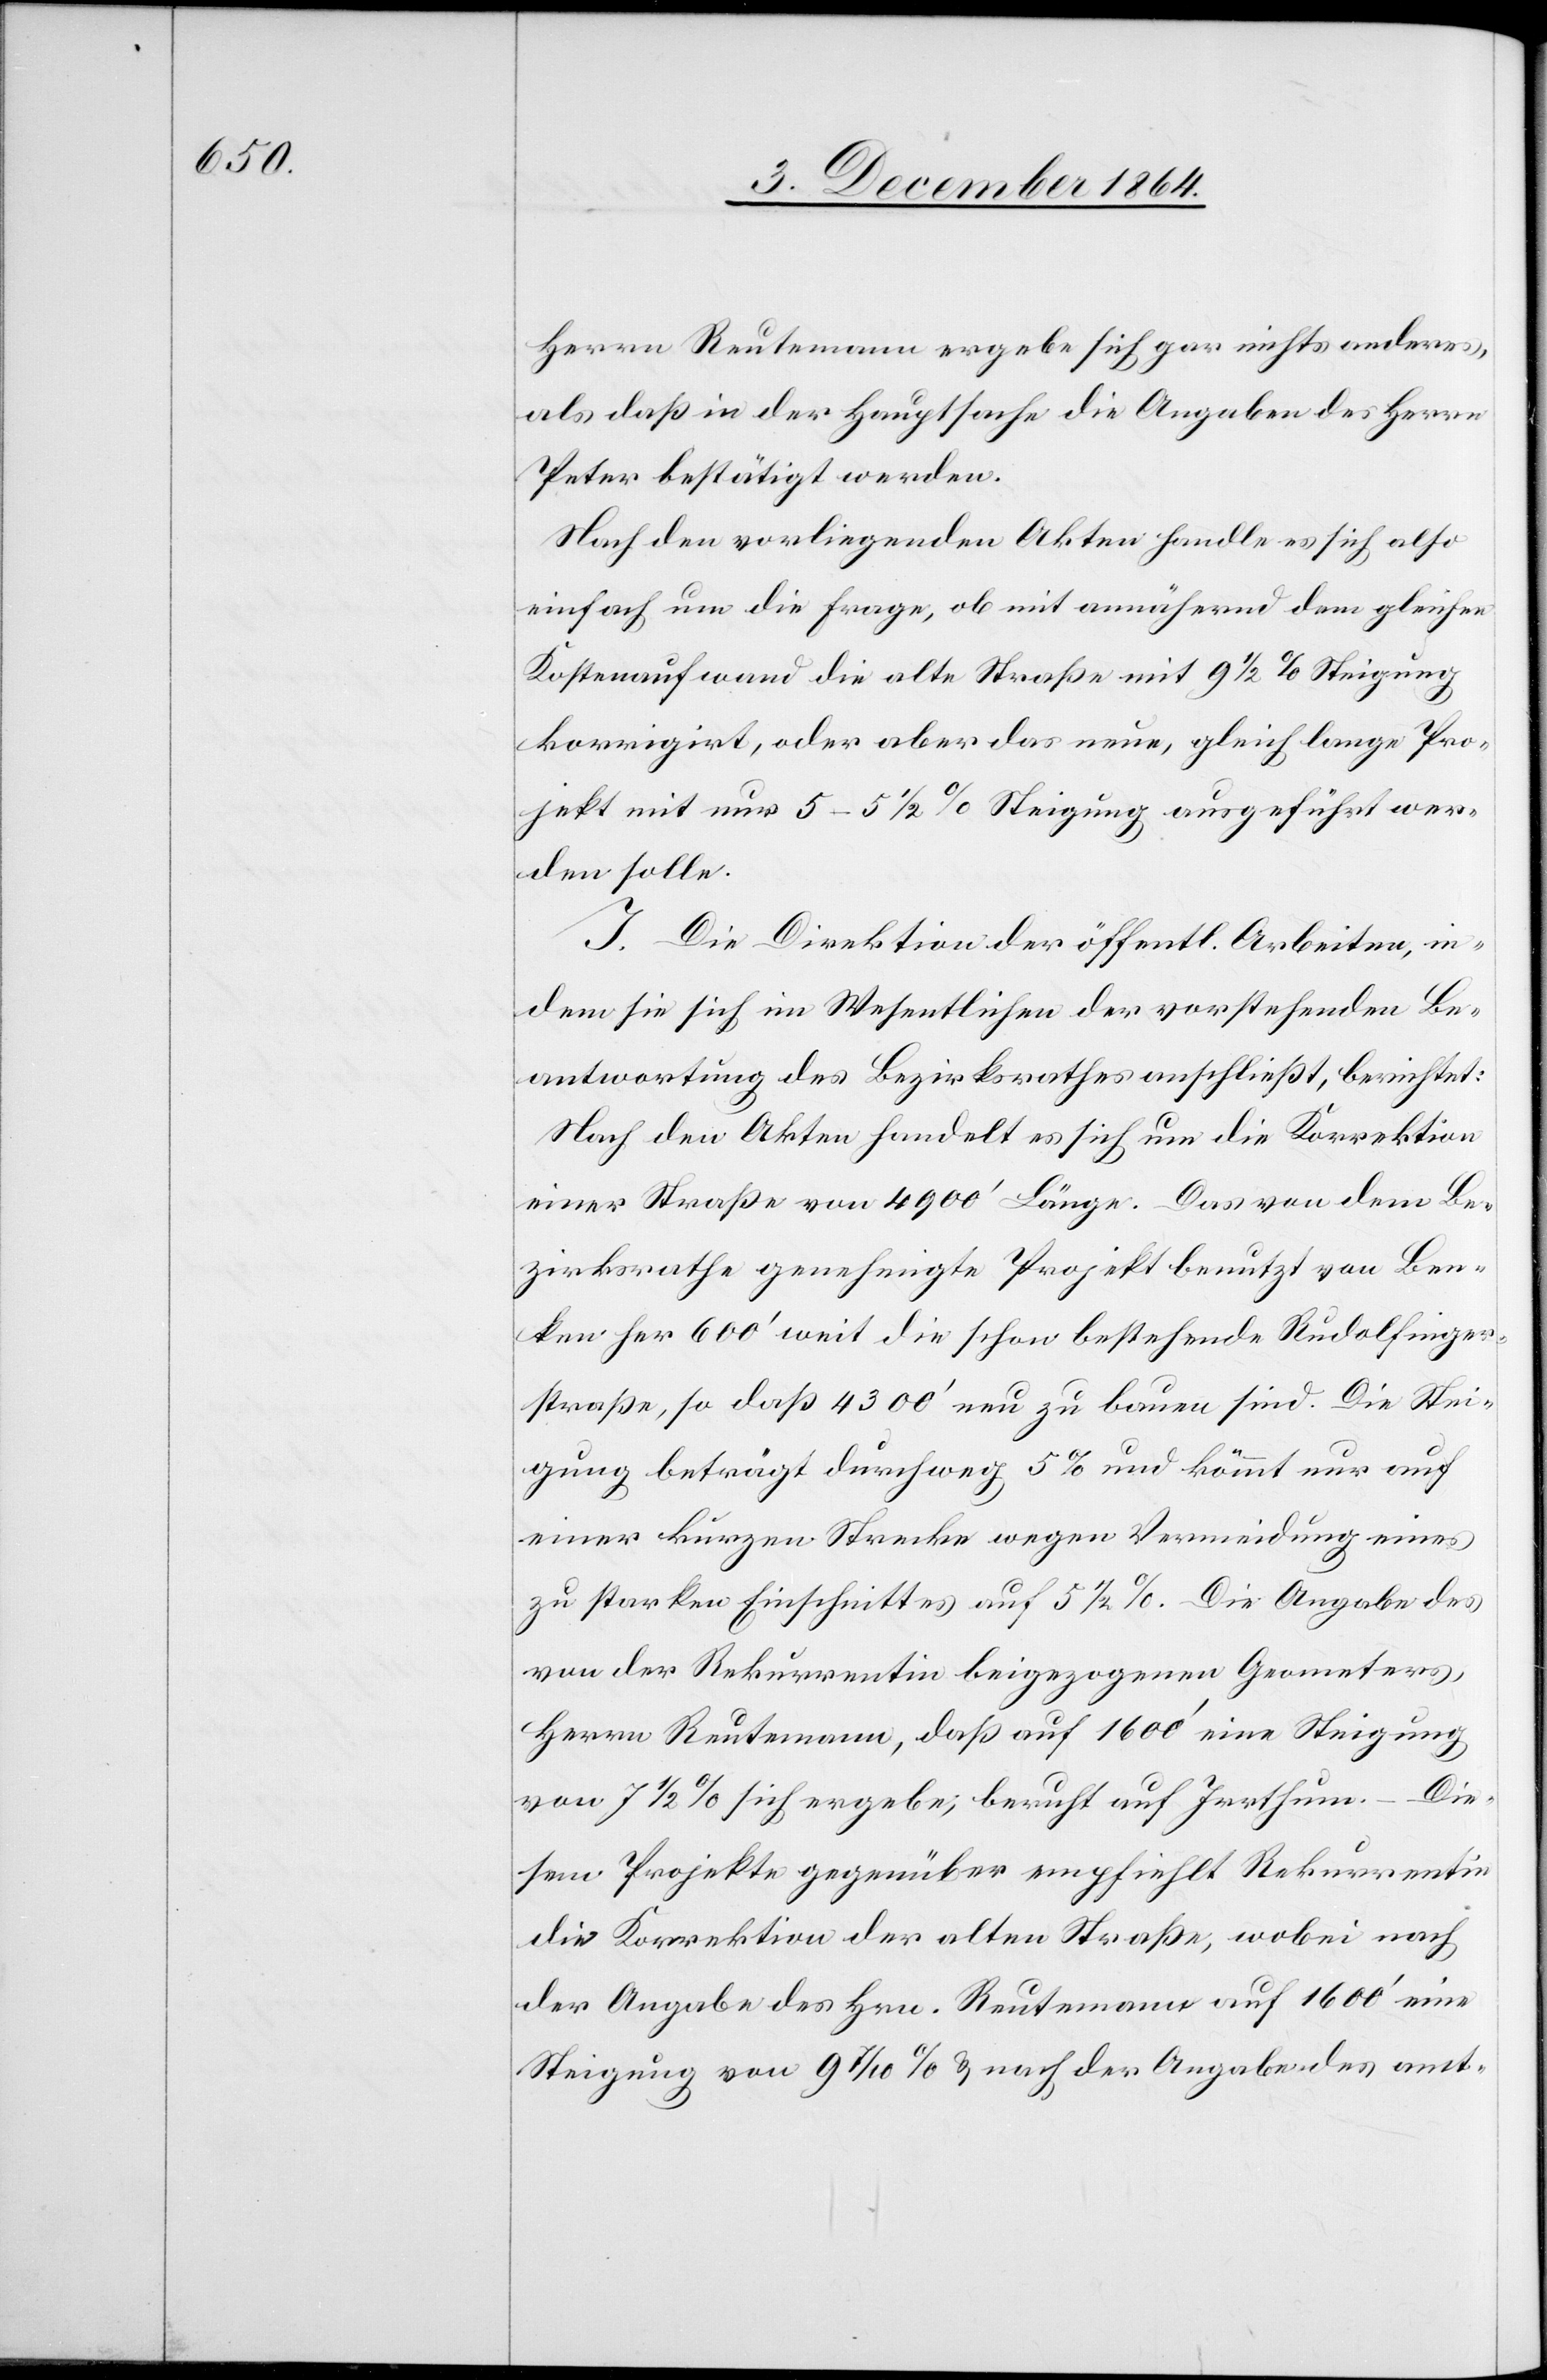
Herrn Reutemann ergebe sich gar nichts anderes,
als daß in der Hauptsache die Angaben des Herrn
Peter bestätigt werden.
Nach den vorliegenden Akten handle es sich also
einfach um die Frage, ob mit annähernd dem gleichen
Kostenaufwand die alte Straße mit 9 1/2% Steigung
werden solle.
I. Die Direktion der öffentl. Arbeiten, in¬
dem sie sich im Wesentlichen der vorstehenden Be¬
antwortung des Bezirksrathes anschließt, berichtet:
Nach den Akten handelt es sich um die Korrektion
einer Straße von 4 900’ Länge. Das von dem Be¬
zirksrathe genehmigte Projekt benutzt von Ben¬
ken her 600’ weit die schon bestehende Rudolfinger¬
straße, so daß 4 300’ neu zu bauen sind. Die Stei¬
gung beträgt durchweg 5% und kömmt nur auf
einer kurzen Strecke wegen Vermeidung eines
zu starken Einschnittes auf 5 1/2%. Die Angabe des
von der Rekurrentin beigezogenen Geometers,
Herrn Reutemann, daß auf 1 600’ eine Steigung
von 7 1/2% sich ergebe, beruht auf Irrthum. – Die¬
sem Projekte gegenüber empfiehlt Rekurrentin
die Korrektion der alten Straße, wobei nach
der Angabe des Hrn. Reutemann auf 1 600’ eine
Steigung von 9 7/10% & nach den Angaben des amt-